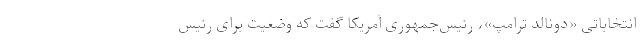
انتخاباتی «دونالد ترامپ»، رئیس‌جمهوری آمریکا گفت که وضعیت برای رئیس